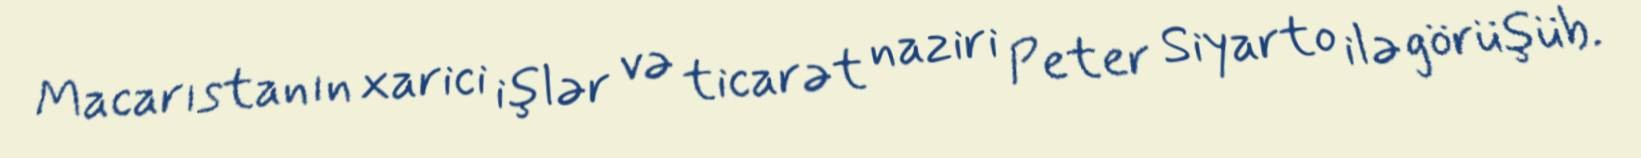
Macarıstanın xarici işlər və ticarət naziri Peter Siyarto ilə görüşüb.